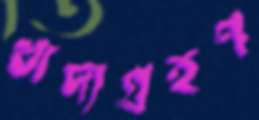
খাদ্যগ্রহণ